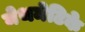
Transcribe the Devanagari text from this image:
मेथमेटिके